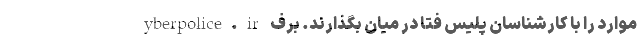
yberpolice.ir موارد را با کارشناسان پلیس فتا در میان بگذارند. برف